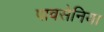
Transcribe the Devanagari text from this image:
पावसेनिया